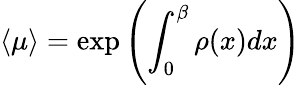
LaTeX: \langle\mu\rangle=\exp\left(\int_{0}^{\beta}\rho(x)dx\right)